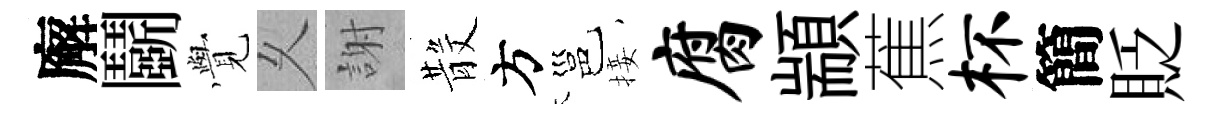
廨鬬𮗜乆謝𣪚方邕接腐顓蕉杯簡貶